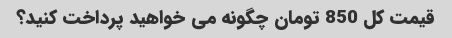
قیمت کل 850 تومان چگونه می خواهید پرداخت کنید؟